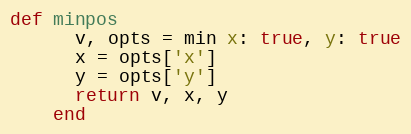
Language: Ruby
def minpos
      v, opts = min x: true, y: true
      x = opts['x']
      y = opts['y']
      return v, x, y
    end